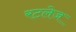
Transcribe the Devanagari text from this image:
रटलेज